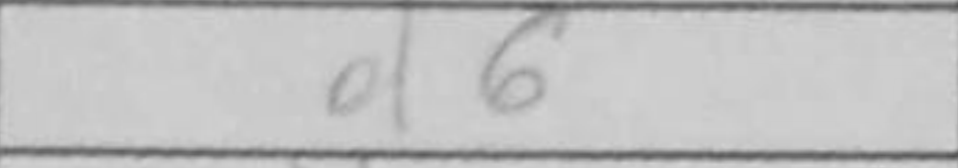
Transcription: d6